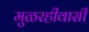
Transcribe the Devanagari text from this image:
मुळरहीवासी